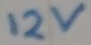
Text: 12v